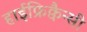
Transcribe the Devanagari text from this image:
हाईफ्रिक्वैन्सी